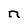
Character: n